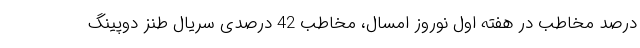
درصد مخاطب در هفته اول نوروز امسال، مخاطب 42 درصدی سریال طنز دوپینگ